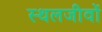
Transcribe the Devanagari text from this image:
स्थलजीवों